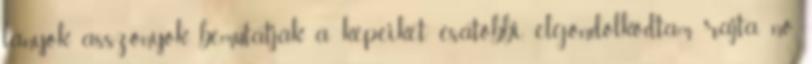
lányok, asszonyok bemutatják a képeiket, ésatöbbi, elgondolkodtam rajta, no,